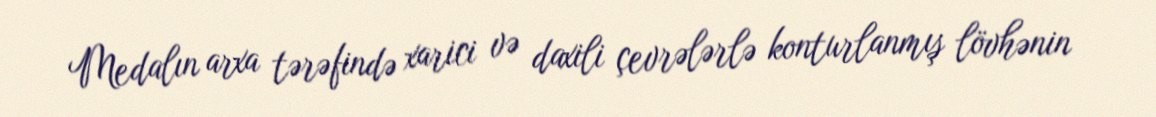
Medalın arxa tərəfində xarici və daxili çevrələrlə konturlanmış lövhənin